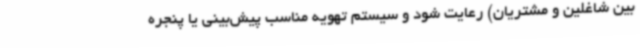
بین شاغلین و مشتریان) رعایت شود و سیستم تهویه مناسب پیش‌بینی یا پنجره